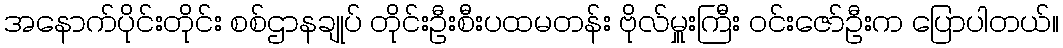
အနောက်ပိုင်းတိုင်း စစ်ဌာနချုပ် တိုင်းဦးစီးပထမတန်း ဗိုလ်မှူးကြီး ဝင်းဇော်ဦးက ပြောပါတယ်။